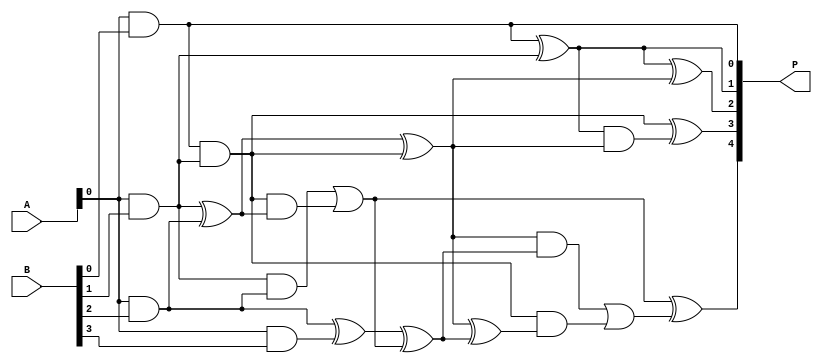
module WallaceTreeMultiplier #(parameter N = 4) (
    input [N-1:0] A, // N-bit input A
    input [N-1:0] B, // N-bit input B
    output [2*N-1:0] P // 2N-bit output product P
);
    
    // Partial Product Generation
    wire [N-1:0] pp [0:N-1]; // Partial product array
    genvar i, j;
    generate
        for (i = 0; i < N; i = i + 1) begin : pp_gen
            assign pp[i] = A & {N{B[i]}}; // AND operation to generate partial products
        end
    endgenerate
    
    // Wallace Tree Reduction
    wire [N-1:0] sum [0:N-1];
    wire [N-1:0] carry [0:N-1];
    
    // Stage 1 Reduction
    wire [N-1:0] stage1_sum [0:N-2];
    wire [N-1:0] stage1_carry [0:N-2];
    generate
        for (i = 0; i < N-1; i = i + 1) begin : stage1
            if (i == 0) begin
                assign stage1_sum[i] = pp[i][0] ^ pp[i+1][0]; // Half Adder
                assign stage1_carry[i] = pp[i][0] & pp[i+1][0];
            end else begin
                assign stage1_sum[i] = pp[i][0] ^ pp[i+1][0] ^ stage1_carry[i-1]; // Full Adder
                assign stage1_carry[i] = (pp[i][0] & pp[i+1][0]) | (stage1_carry[i-1] & (pp[i][0] ^ pp[i+1][0]));
            end
        end
    endgenerate

    // Stage 2 Reduction
    wire [N-1:0] stage2_sum [0:N-3];
    wire [N-1:0] stage2_carry [0:N-3];
    generate
        for (i = 0; i < N-2; i = i + 1) begin : stage2
            if (i == 0) begin
                assign stage2_sum[i] = stage1_sum[i][0] ^ stage1_sum[i+1][0]; // Half Adder
                assign stage2_carry[i] = stage1_sum[i][0] & stage1_sum[i+1][0];
            end else begin
                assign stage2_sum[i] = stage1_sum[i][0] ^ stage1_sum[i+1][0] ^ stage1_carry[i-1]; // Full Adder
                assign stage2_carry[i] = (stage1_sum[i][0] & stage1_sum[i+1][0]) | (stage1_carry[i-1] & (stage1_sum[i][0] ^ stage1_sum[i+1][0]));
            end
        end
    endgenerate

    // Final Sum Calculation
    assign P[0] = pp[0][0];
    assign P[1] = stage1_sum[0][0];
    assign P[2] = stage2_sum[0][0];

    // Final carry bits to create the final product
    assign P[3] = stage1_carry[0] ^ stage2_carry[0];
    assign P[4] = stage1_carry[1] ^ stage2_carry[1];
    // Continue this for the remaining bits...

    // Extend this for full 2N bits
    // Note: This is a simplified example. Further stages and carry propagation must be implemented.

endmodule